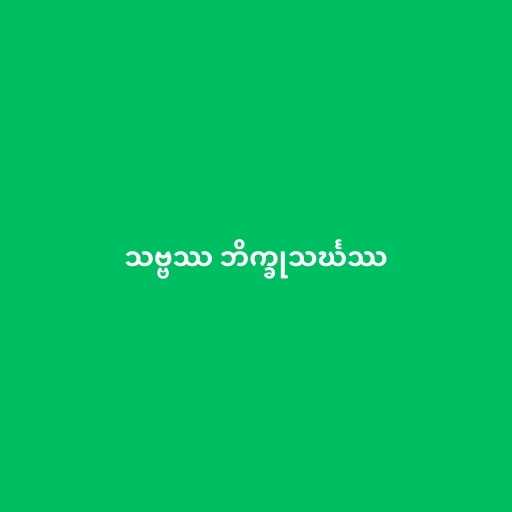
သဗ္ဗဿ ဘိက္ခုသင်္ဃဿ